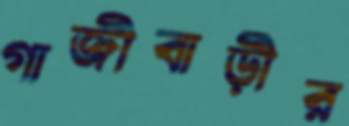
গাজীবাড়ীর